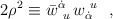
\begin{align*}2\rho^2 \equiv \bar w^{\dot\alpha}_{~u}\,w_{\dot\alpha}^{~u}~~,\end{align*}